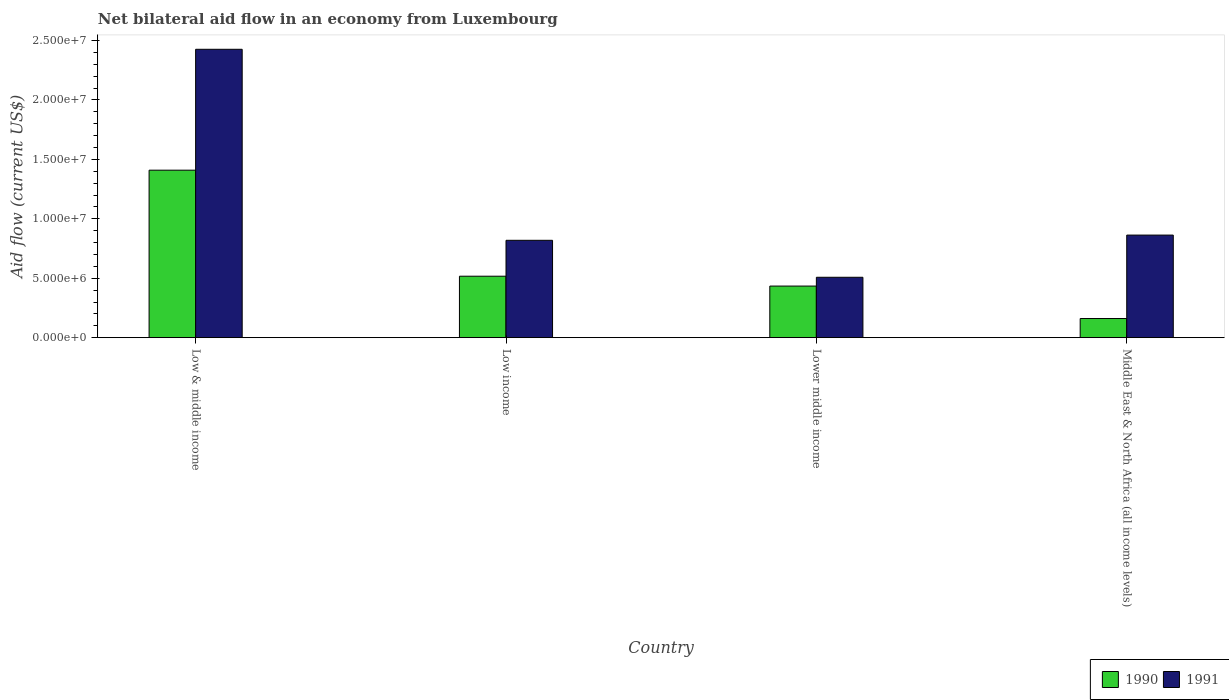
| Country | 1990 | 1991 |
 | --- | --- | --- |
 | Low & middle income | 1.41e+07 | 2.43e+07 |
 | Low income | 5.17e+06 | 8.19e+06 |
 | Lower middle income | 4.34e+06 | 5.08e+06 |
 | Middle East & North Africa (all income levels) | 1.61e+06 | 8.63e+06 |